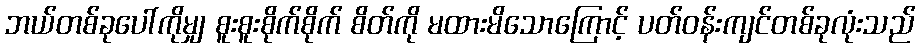
ဘယ်တစ်ခုပေါ်ကိုမျှ စူးစူးစိုက်စိုက် စိတ်ကို မထားမိသောကြောင့် ပတ်ဝန်းကျင်တစ်ခုလုံးသည်